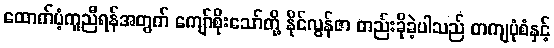
ထောက်ပံ့ကူညီရန်အတွက် ကျော်စိုးသော်တို့ နိုင်လွန်ဇာ တည်းခိုခဲ့ပါသည် တကျပုံစံနှင့်